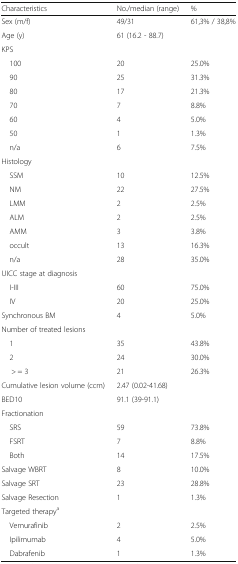
<table><thead><tr><td><b>Characteristics</b></td><td><b>No./median (range)</b></td><td><b>%</b></td></tr></thead><tbody><tr><td>Sex (m/f)</td><td>49/31</td><td>61,3% / 38,8%</td></tr><tr><td>Age (y)</td><td>61 (16.2 - 88.7)</td><td>[EMPTY_CELL]</td></tr><tr><td colspan="3">KPS</td></tr><tr><td> 100</td><td>20</td><td>25.0%</td></tr><tr><td> 90</td><td>25</td><td>31.3%</td></tr><tr><td> 80</td><td>17</td><td>21.3%</td></tr><tr><td> 70</td><td>7</td><td>8.8%</td></tr><tr><td> 60</td><td>4</td><td>5.0%</td></tr><tr><td> 50</td><td>1</td><td>1.3%</td></tr><tr><td> n/a</td><td>6</td><td>7.5%</td></tr><tr><td colspan="3">Histology</td></tr><tr><td> SSM</td><td>10</td><td>12.5%</td></tr><tr><td> NM</td><td>22</td><td>27.5%</td></tr><tr><td> LMM</td><td>2</td><td>2.5%</td></tr><tr><td> ALM</td><td>2</td><td>2.5%</td></tr><tr><td> AMM</td><td>3</td><td>3.8%</td></tr><tr><td> occult</td><td>13</td><td>16.3%</td></tr><tr><td> n/a</td><td>28</td><td>35.0%</td></tr><tr><td colspan="3">UICC stage at diagnosis</td></tr><tr><td> I-III</td><td>60</td><td>75.0%</td></tr><tr><td> IV</td><td>20</td><td>25.0%</td></tr><tr><td>Synchronous BM</td><td>4</td><td>5.0%</td></tr><tr><td colspan="3">Number of treated lesions</td></tr><tr><td> 1</td><td>35</td><td>43.8%</td></tr><tr><td> 2</td><td>24</td><td>30.0%</td></tr><tr><td>&gt; = 3</td><td>21</td><td>26.3%</td></tr><tr><td>Cumulative lesion volume (ccm)</td><td>2.47 (0.02-41.68)</td><td>[EMPTY_CELL]</td></tr><tr><td>BED10</td><td>91.1 (39-91.1)</td><td>[EMPTY_CELL]</td></tr><tr><td colspan="3">Fractionation</td></tr><tr><td> SRS</td><td>59</td><td>73.8%</td></tr><tr><td> FSRT</td><td>7</td><td>8.8%</td></tr><tr><td> Both</td><td>14</td><td>17.5%</td></tr><tr><td>Salvage WBRT</td><td>8</td><td>10.0%</td></tr><tr><td>Salvage SRT</td><td>23</td><td>28.8%</td></tr><tr><td>Salvage Resection</td><td>1</td><td>1.3%</td></tr><tr><td colspan="3">Targeted therapy<sup>a</sup></td></tr><tr><td> Vemurafinib</td><td>2</td><td>2.5%</td></tr><tr><td> Ipilimumab</td><td>4</td><td>5.0%</td></tr><tr><td> Dabrafenib</td><td>1</td><td>1.3%</td></tr></tbody></table>